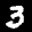
Label: 3